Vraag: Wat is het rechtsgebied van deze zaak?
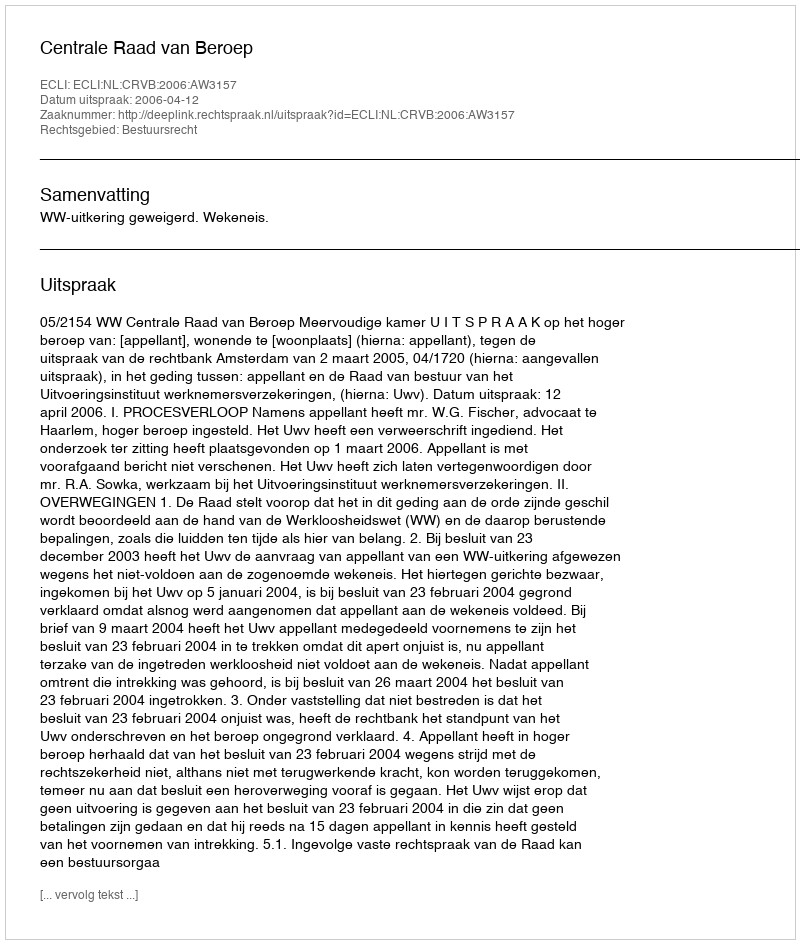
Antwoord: Bestuursrecht